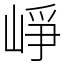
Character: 崢